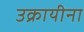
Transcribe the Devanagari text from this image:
उक्रायीना